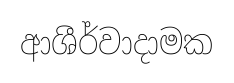
ආශීර්වාදාමක